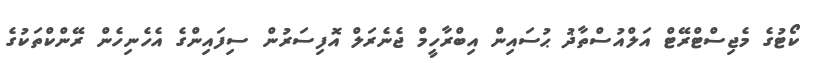
ކޯޓުގެ މެޖިސްޓްރޭޓް އަލްއުސްތާޛު ޙުސައިން އިބްރާހީމް ޖެނެރަލް އޮފިސަރުން ސިފައިންގެ އެހެނިހެން ރޭންކްތަކުގެ